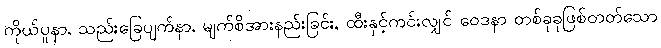
ကိုယ်ပူနာ, သည်းခြေပျက်နာ, မျက်စိအားနည်းခြင်း, ထီးနှင့်ကင်းလျှင် ဝေဒနာ တစ်ခုခုဖြစ်တတ်သော